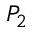
P _ { 2 }